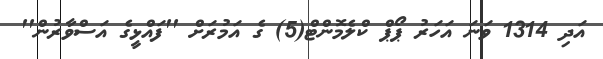
އަދި 1314 ވަނަ އަހަރު ޕޯޕް ކްލެމޮންޓް(5) ގެ އަމުރަށް ''ފައްޅީގެ އަސްވާރުން''